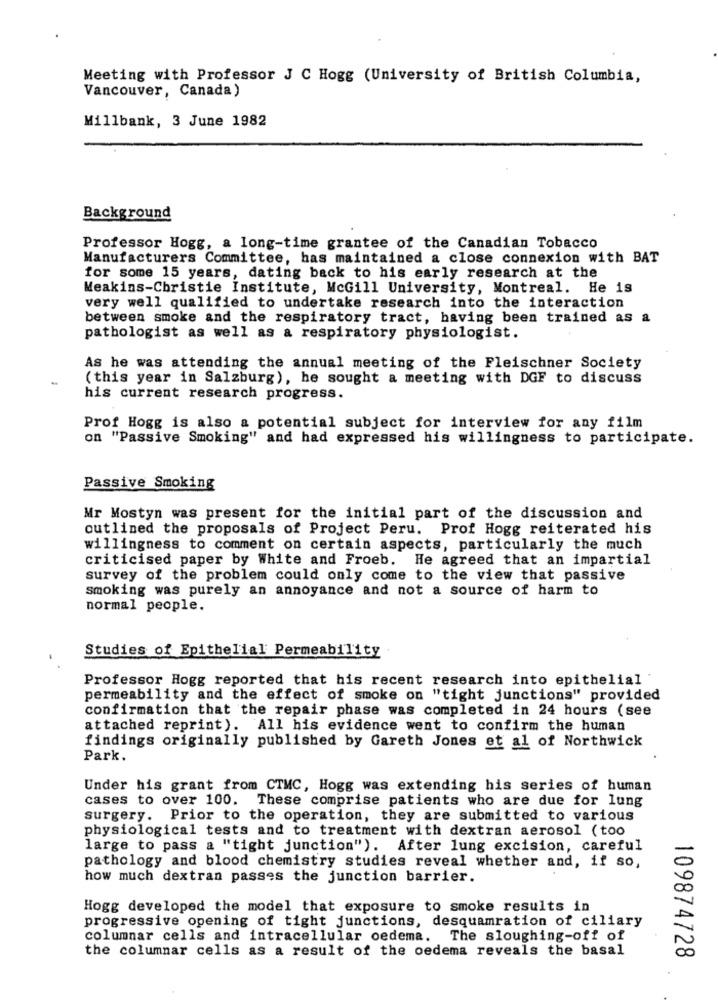
Meeting with Professor J C Hogg (University of British Columbia,
Vancouver, Canada)
Millbank, 3 June 1982
Background
Professor Hogg, a long-time grantee of the Canadian Tobacco
Manufacturers Committee, has maintained a close connexion with BAT
for some 15 years, dating back to his early research at the
Meakins-Christie Institute, McGill University, Montreal. He is
very well qualified to undertake research into the interaction
between smoke and the respiratory tract, having been trained as a
pathologist as well as a respiratory physiologist.
As he was attending the annual meeting of the Fleischner Society
( this year in Salzburg), he sought a meeting with DGF to discuss
his current research progress.
Prof Hogg is also a potential subject for interview for any film
on "Passive Smoking" and had expressed his willingness to participate.
Passive Smoking
Mr Mostyn was present for the initial part of the discussion and
outlined the proposals of Project Peru. Prof Hogg reiterated his
willingness to comment on certain aspects, particularly the much
criticised paper by White and Froeb. He agreed that an impartial
survey of the problem could only come to the view that passive
smoking was purely an annoyance and not a source of harm to
normal people.
Studies of Epithelial Permeability
Professor Hogg reported that his recent research into epithelial
permeability and the effect of smoke on "tight junctions" provided
confirmation that the repair phase was completed in 24 hours (see
attached reprint). All his evidence went to confirm the human
findings originally published by Gareth Jones et al of Northwick
Park.
Under his grant from CTMC, Hogg was extending his series of human
cases to over 100. These comprise patients who are due for lung
surgery. Prior to the operation, they are submitted to various
physiological tests and to treatment with dextran aerosol (too
large to pass a "tight junction"). After lung excision, careful
pathology and blood chemistry studies reveal whether and, if so,
how much dextran passes the junction barrier.
Hogg developed the model that exposure to smoke results in
progressive opening of tight junctions, desquamration of ciliary
columnar cells and intracellular oedema. The sloughing-off of
the columnar cells as a result of the oedema reveals the basal
109874728